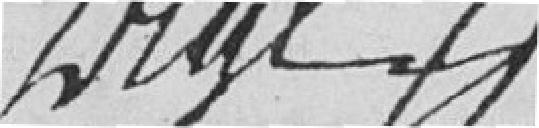
DEGE